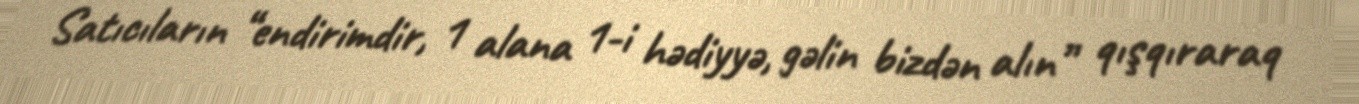
Satıcıların “endirimdir, 1 alana 1-i hədiyyə, gəlin bizdən alın” qışqıraraq